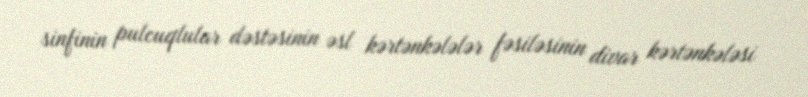
sinfinin pulcuqlular dəstəsinin əsl kərtənkələlər fəsiləsinin divar kərtənkələsi